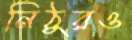
নিঠুরও